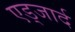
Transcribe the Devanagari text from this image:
एड्जार्द